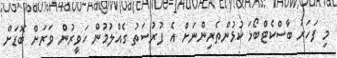
މި ފަހަރު ބާސްކެޓްބޯޅަ ކުޅުންތެރިންނަށް އެ ފުރުސަތު ގެއްލުމުން ހަވީރުން ވަރަށް ބޮޑަށް